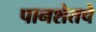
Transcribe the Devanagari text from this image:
पानशेतचे